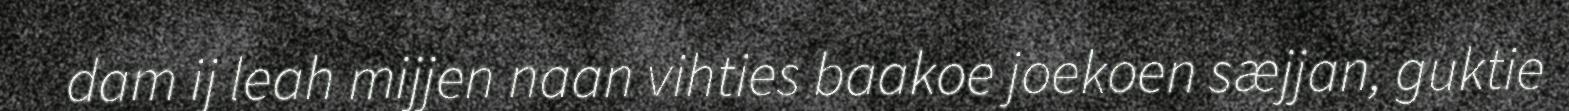
dam ij leah mijjen naan vihties baakoe joekoen sæjjan, guktie